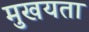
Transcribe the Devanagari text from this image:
मुखयता